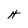
Character: H